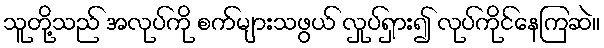
သူတို့သည် အလုပ်ကို စက်များသဖွယ် လှုပ်ရှား၍ လုပ်ကိုင်နေကြဆဲ။